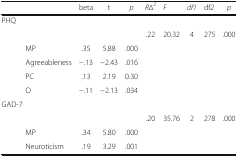
|  | beta | t | p | R∆2 | F | df1 | df2 | p |
 | --- | --- | --- | --- | --- | --- | --- | --- | --- |
 | <COLSPAN=9> PHQ |
 |  |  |  |  | .22 | 20.32 | 4 | 275 | .000 |
 | MP | .35 | 5.88 | .000 |  |  |  |  |  |
 | Agreeableness | −.13 | −2.43 | .016 |  |  |  |  |  |
 | PC | .13 | 2.19 | 0.30 |  |  |  |  |  |
 | O | −.11 | −2.13 | .034 |  |  |  |  |  |
 | <COLSPAN=9> GAD-7 |
 |  |  |  |  | .20 | 35.76 | 2 | 278 | .000 |
 | MP | .34 | 5.80 | .000 |  |  |  |  |  |
 | Neuroticism | .19 | 3.29 | .001 |  |  |  |  |  |